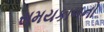
સમયકાળનો